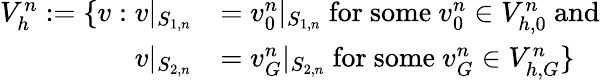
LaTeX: \begin{array}{rl}{V_{h}^{n}:=\{ v:v|_{S_{1,n}}}&{=v_{0}^{n}|_{S_{1,n}}\mathrm{~for~some~}v_{0}^{n}\in V_{h,0}^{n}\mathrm{~and~}}\\ {v|_{S_{2,n}}}&{=v_{G}^{n}|_{S_{2,n}}\mathrm{~for~some~}v_{G}^{n}\in V_{h,G}^{n}\} }\end{array}